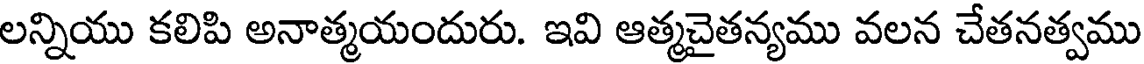
లన్నియు కలిపి అనాత్మయందురు. ఇవి ఆత్మచైతన్యము వలన చేతనత్వము